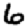
Digit: 6